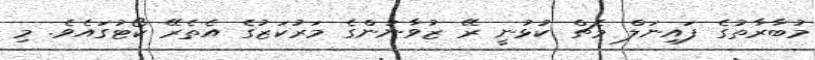
މުބާރާތުގެ ފައިނަލް މެޗް ކުޅުނީ ރޭ ޒުވާނުންގެ މަރުކަޒުގެ އެތެރޭ ކޯޓުގައެވެ. މި